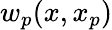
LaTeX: w_{p}(x,x_{p})